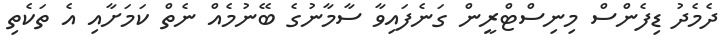
ދެމެދު ޑިފެންސް މިނިސްޓްރީން ގަނެފައިވާ ސާމާނުގެ ބޭނުމެއް ނެތް ކަމަށާއި އެ ތަކެތި